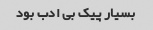
بسیار پیک بی ادب بود